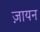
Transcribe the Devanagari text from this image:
ज़ायन